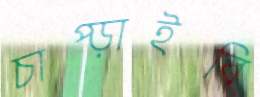
চাপ্‌ড়াইবি